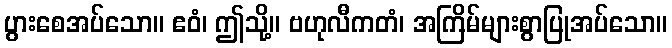
ပွားစေအပ်သော။ ဧဝံ၊ ဤသို့။ ဗဟုလီကတံ၊ အကြိမ်များစွာပြုအပ်သော။